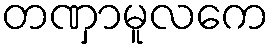
တဏှာမူလကေ